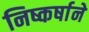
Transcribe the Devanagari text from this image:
निष्कर्षाने